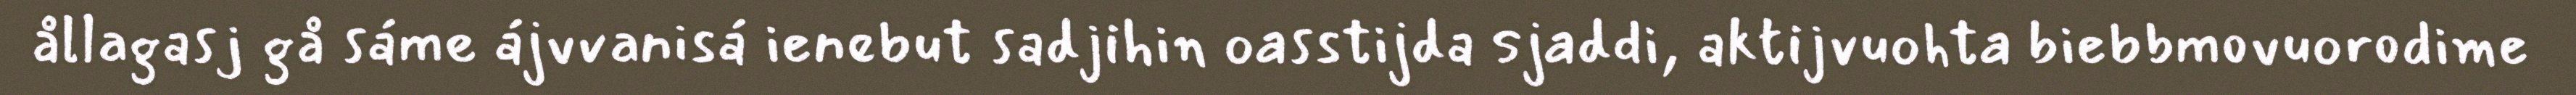
ållagasj gå sáme ájvvanisá ienebut sadjihin oasstijda sjaddi, aktijvuohta biebbmovuorodime